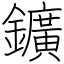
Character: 鑛